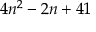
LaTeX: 4 n ^ { 2 } - 2 n + 4 1